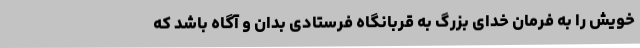
خویش را به فرمان خدای بزرگ به قربانگاه فرستادی بدان و آگاه باشد که